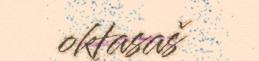
oktasaš